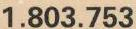
1.803.753